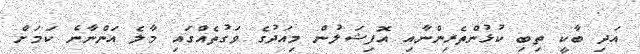
އަދި ބާކީ ތިބި ކުޅުންތެރިންނާއި އޮފިޝަލުން މިއަދުގެ ވަގުތެއްގައި މާލެ އަންނާނެ ކަަމަށް